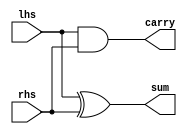
module OneBitHalfAdder(
  input wire lhs,
  input wire rhs,
  output wire sum,
  output wire carry
);

  // Compute the sum
  xor(sum, lhs, rhs);

  // Compute the carry
  and(carry, lhs, rhs);

endmodule // OneBitHalfAdder


module OneBitFullAdder(
  input wire cin,
  input wire lhs,
  input wire rhs,
  output wire sum,
  output wire cout
);

  // Initilize two half-adders
  OneBitHalfAdder halfAdderA(lhs, rhs, buffer, carry_left);
  OneBitHalfAdder halfAdderB(buffer, cin, sum, carry_right);

  // Compute the carry
  or(cout, carry_left, carry_right);

endmodule // OneBitFullAdder


module OneBitFullAdderTest;

  reg cin;
  reg lhs;
  reg rhs;
  wire sum;
  wire cout;

  OneBitFullAdder oneBitFullAdder(cin, lhs, rhs, sum, cout);

  initial begin
    $monitor("cin = %d, lhs = %d, rhs = %d, sum = %d, cout = %d", cin, lhs, rhs, sum, cout);
    cin = 0; lhs = 0; rhs = 0;
    #20; cin = 0; lhs = 0; rhs = 1;
    #20; cin = 0; lhs = 1; rhs = 0;
    #20; cin = 0; lhs = 1; rhs = 1;
    #20; cin = 1; lhs = 0; rhs = 0;
    #20; cin = 1; lhs = 0; rhs = 1;
    #20; cin = 1; lhs = 1; rhs = 0;
    #20; cin = 1; lhs = 1; rhs = 1;
  end

endmodule // OneBitFullAdderTest